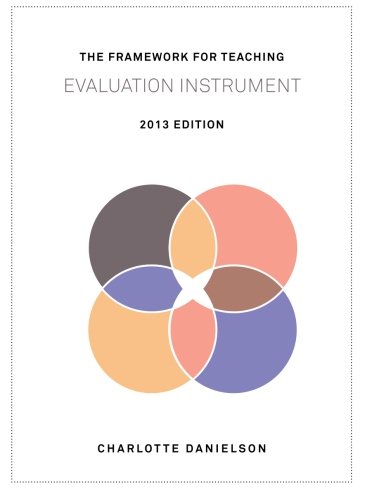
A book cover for The Framework for Teaching Evaluation Instrument, 2013 Edition: The newest rubric enhancing the links to the Common Core State Standards, with clarity of language for ease of use and scoring; Charlotte Danielson; Education & Teaching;